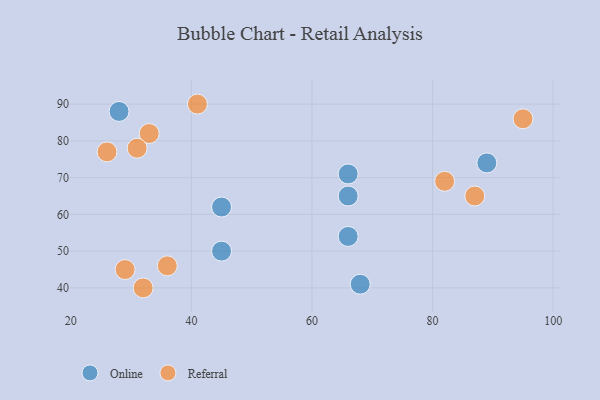
{"axis": {"x": "GDP", "y": "Life Expectancy"}, "legend": ["Online", "Referral"], "data": [{"x": "66", "y": 54, "type": "Online"}, {"x": "28", "y": 88, "type": "Online"}, {"x": "45", "y": 50, "type": "Online"}, {"x": "45", "y": 62, "type": "Online"}, {"x": "66", "y": 71, "type": "Online"}, {"x": "68", "y": 41, "type": "Online"}, {"x": "66", "y": 65, "type": "Online"}, {"x": "89", "y": 74, "type": "Online"}, {"x": "33", "y": 82, "type": "Referral"}, {"x": "41", "y": 90, "type": "Referral"}, {"x": "32", "y": 40, "type": "Referral"}, {"x": "95", "y": 86, "type": "Referral"}, {"x": "82", "y": 69, "type": "Referral"}, {"x": "87", "y": 65, "type": "Referral"}, {"x": "29", "y": 45, "type": "Referral"}, {"x": "26", "y": 77, "type": "Referral"}, {"x": "31", "y": 78, "type": "Referral"}, {"x": "36", "y": 46, "type": "Referral"}]}